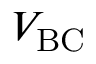
V _ { \mathrm { B C } }